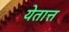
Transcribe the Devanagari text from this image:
येतात्त